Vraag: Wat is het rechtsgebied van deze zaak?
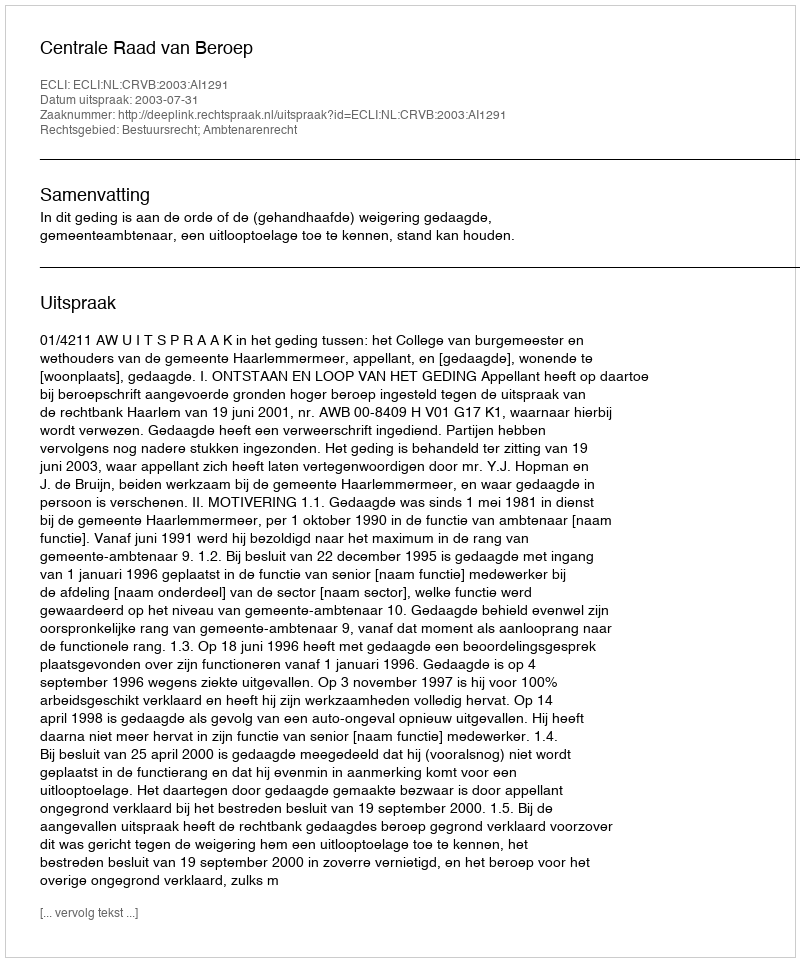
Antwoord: Bestuursrecht; Ambtenarenrecht